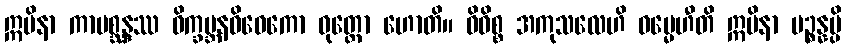
ဣမိနာ ကာမစ္ဆန္ဒဿ ဝိက္ခမ္ဘနဝိဝေကော ဝုတ္တော ဟောတိ။ ဝိဝိစ္စ အကုသလေဟိ ဓမ္မေဟီတိ ဣမိနာ ပဉ္စန္နမ္ပိ